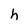
Character: h